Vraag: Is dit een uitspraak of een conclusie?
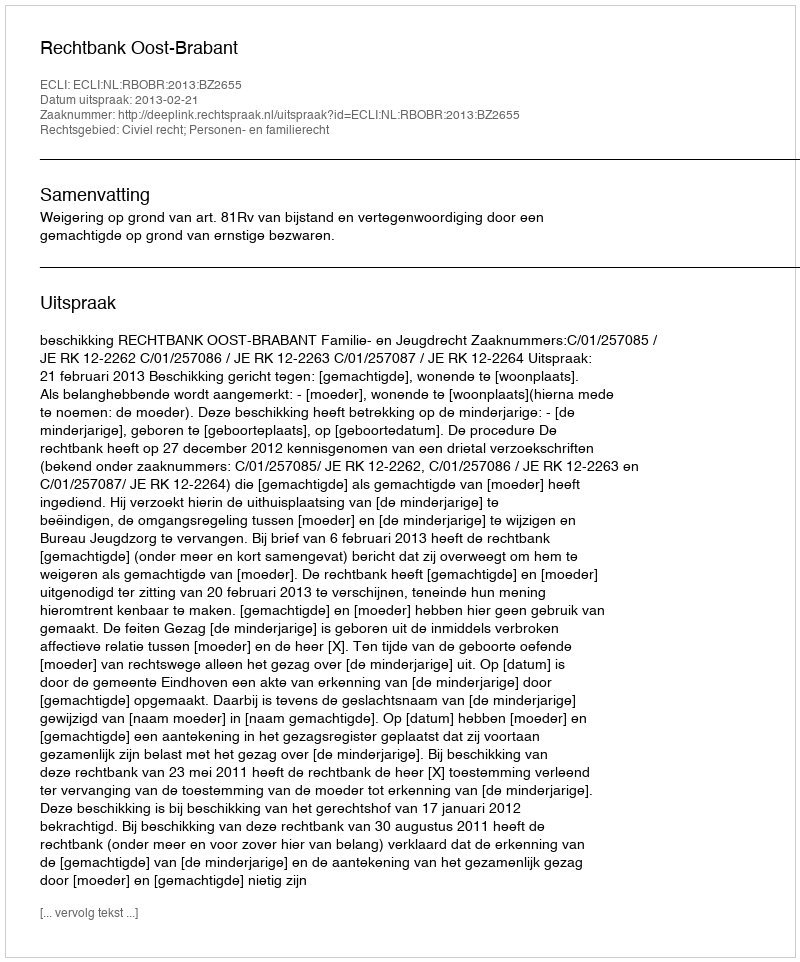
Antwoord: Uitspraak